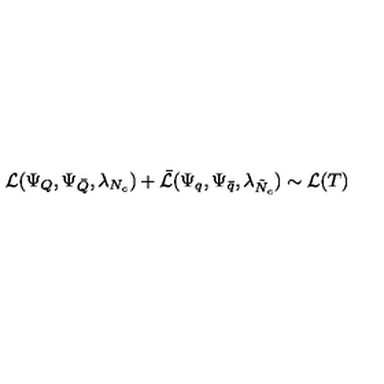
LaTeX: { \cal L } ( \Psi _ { Q } , \Psi _ { \bar { Q } } , \lambda _ { N _ { c } } ) + \bar { { \cal L } } ( \Psi _ { q } , \Psi _ { \bar { q } } , \lambda _ { \tilde { N } _ { c } } ) \sim { \cal L } ( T )